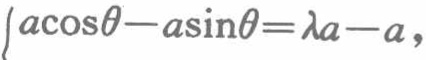
\(a\cos\theta - a\sin\theta=\lambda a - a\)